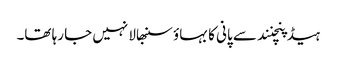
ہیڈ پنچنند سے پانی کا بہاؤ سنبھالا نہیں جا رہا تھا۔